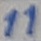
Text: 11